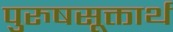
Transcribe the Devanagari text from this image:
पुरुषसूक्तार्थ